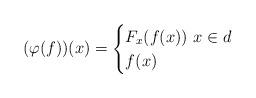
LaTeX: \begin{align*} (\varphi(f))(x) = \begin{cases} F_x(f(x)) \ x \in d \\f(x) \ \ \ \end{cases}\end{align*}